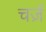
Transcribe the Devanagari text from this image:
चर्ज़